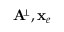
{ \bf A } \! ^ { { \scriptscriptstyle \perp } } , { \bf x } _ { e }